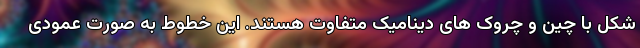
شکل با چین و چروک های دینامیک متفاوت هستند. این خطوط به صورت عمودی